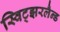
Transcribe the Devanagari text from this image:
स्विट्झरलैन्ड